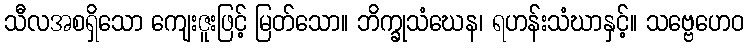
သီလအစရှိသော ကျေးဇူးဖြင့် မြတ်သော။ ဘိက္ခုသံဃေန၊ ရဟန်းသံဃာနှင့်။ သဗ္ဗေဟေဝ